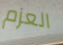
العزم